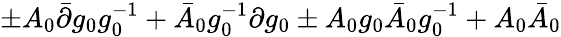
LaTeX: \pm A_{0}\bar{\partial}g_{0}g_{0}^{-1}+\bar{A}_{0}g_{0}^{-1}\partial g_{0}\pm A_{0}g_{0}\bar{A}_{0}g_{0}^{-1}+A_{0}\bar{A}_{0}